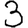
Digit: 3